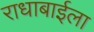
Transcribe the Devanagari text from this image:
राधाबाईला